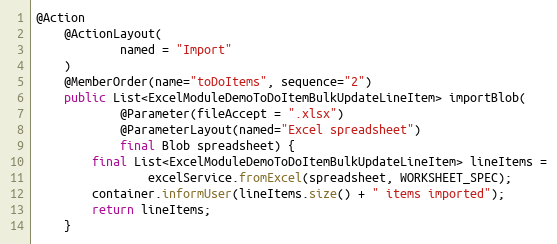
Language: Java
@Action
    @ActionLayout(
            named = "Import"
    )
    @MemberOrder(name="toDoItems", sequence="2")
    public List<ExcelModuleDemoToDoItemBulkUpdateLineItem> importBlob(
            @Parameter(fileAccept = ".xlsx")
            @ParameterLayout(named="Excel spreadsheet")
            final Blob spreadsheet) {
        final List<ExcelModuleDemoToDoItemBulkUpdateLineItem> lineItems =
                excelService.fromExcel(spreadsheet, WORKSHEET_SPEC);
        container.informUser(lineItems.size() + " items imported");
        return lineItems;
    }